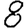
Digit: 8